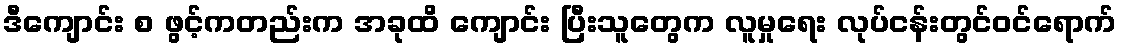
ဒီကျောင်း စ ဖွင့်ကတည်းက အခုထိ ကျောင်း ပြီးသူတွေက လူမှုရေး လုပ်ငန်းတွင်ဝင်ရောက်